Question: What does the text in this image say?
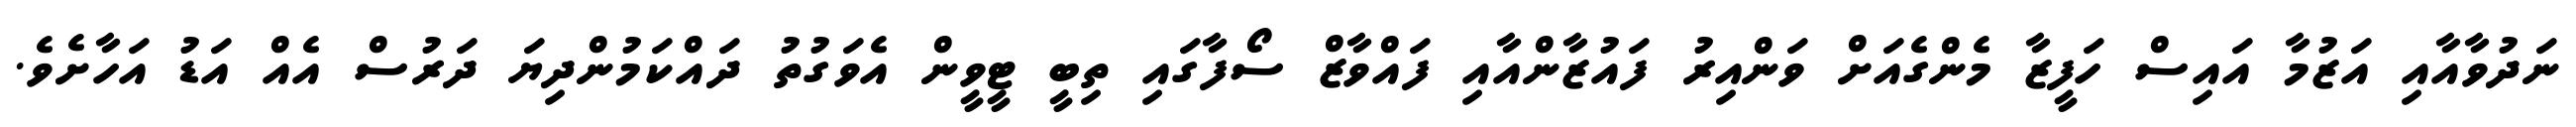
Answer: ނަދުވާއާއި އަޒުމާ އައިސް ހަފީޒާ މެންގެއަށް ވަންއިރު ފައުޒާންއާއި ފައްވާޒް ސޯފާގައި ތިބީ ޓީވީން އެވަގުތު ދައްކަމުންދިޔަ ދަރުސް އެއް އަޑު އަހާށެވެ.